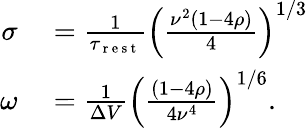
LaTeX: \begin{array}{rl}{\sigma}&{{}=\frac{1}{\tau_{\mathrm{~r~e~s~t~}}}\left(\frac{\nu^{2}(1-4\rho)}{4}\right)^{1/3}}\\ {\omega}&{{}=\frac{1}{\Delta V}\left(\frac{(1-4\rho)}{4\nu^{4}}\right)^{1/6}.}\end{array}